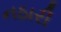
નઠારી